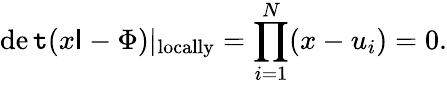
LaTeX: \operatorname*{de\mathtt{t}}(x\mathsf{I}-\Phi)|_{\mathrm{{locally}}}=\prod_{i=1}^{N}(x-u_{i})=0.